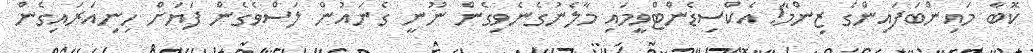
ކޮބާ މައިންބަފައިންގެ ޒިންމާ! އެކްސިޑެންޓްވީމައި މާލެނުގެނެވިގެން ނޫނީ ގެނައުން ލަސްވެގެން ފަޔަށް ހިނިއަރައިގެން